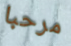
مرحبا